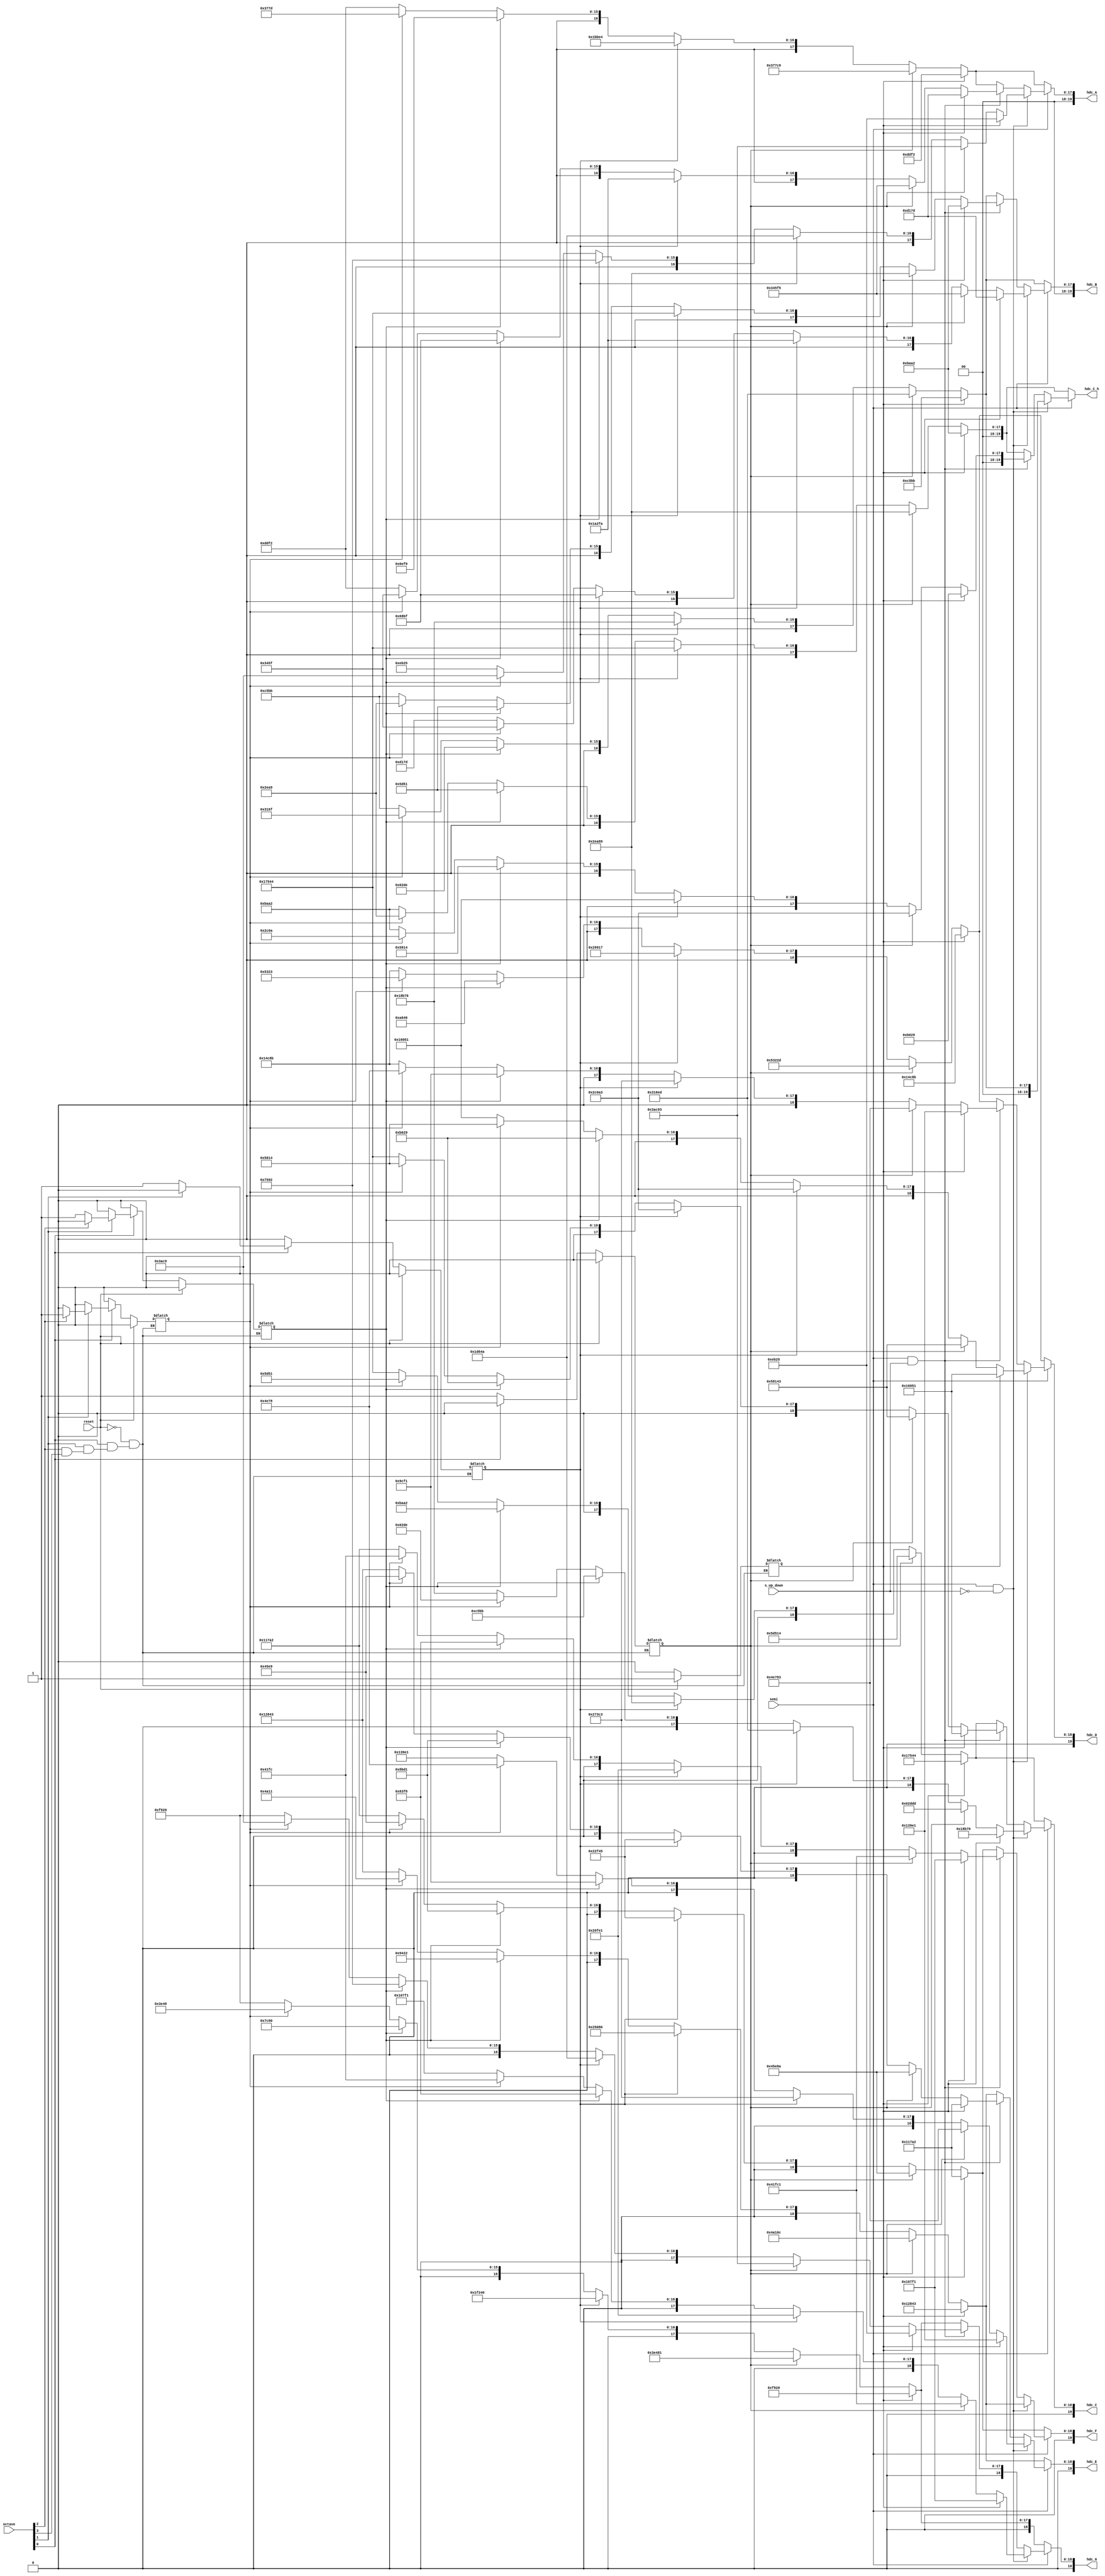
/**
 *	os_mod_v4_sensor
 *	
 *	by Graham Sider
 *	& Michael Hong
 *	
 *	UofT 2T0
 *	ECE241 2017
 */



/**
 *	Octave/semitone modulation module
 */



module os_mod(
	reset,		// SW[9]
	octave,		// KEY[3:0]
	semi,		// SW[8] -- On = go up or down a semitone
	s_up_down,	// SW[7] -- High = up a semitone, low = down a semitone
	
	// Half duty cycles of each note
	hdc_C,
	hdc_D,
	hdc_E,
	hdc_F,
	hdc_G,
	hdc_A,
	hdc_B,
	hdc_C_h // High C
);
	
	input reset;		// SW[9]
	input [3:0] octave;	// KEY[3:0]
	input semi;			// SW[8] -- On = go up or down a semitone
	input s_up_down;	// SW[7] -- High = up a semitone, low = down a semitone
	
	// Half duty cycle definitions
	output reg [19:0] hdc_C;
	output reg [19:0] hdc_D;
	output reg [19:0] hdc_E;
	output reg [19:0] hdc_F;
	output reg [19:0] hdc_G;
	output reg [19:0] hdc_A;
	output reg [19:0] hdc_B;
	output reg [19:0] hdc_C_h; // High C
	
	// Determine octave
	reg set_o2;
	reg set_o3;
	reg set_o4;
	reg set_o5;
	reg set_o6;
	
	// Determine octave
	always@(*)
	begin
		if (reset == 1'b1)			// C4
			begin
				set_o2 <= 1'b0;
				set_o3 <= 1'b0;
				set_o4 <= 1'b1;
				set_o5 <= 1'b0;
				set_o6 <= 1'b0;
			end
		else if (octave[0] == 1'b0)	// C2
			begin
				set_o2 <= 1'b1;
				set_o3 <= 1'b0;
				set_o4 <= 1'b0;
				set_o5 <= 1'b0;
				set_o6 <= 1'b0;
			end
		else if (octave[1] == 1'b0)	// C3
			begin
				set_o2 <= 1'b0;
				set_o3 <= 1'b1;
				set_o4 <= 1'b0;
				set_o5 <= 1'b0;
				set_o6 <= 1'b0;
			end
		else if (octave[2] == 1'b0)	// C5
			begin
				set_o2 <= 1'b0;
				set_o3 <= 1'b0;
				set_o4 <= 1'b0;
				set_o5 <= 1'b1;
				set_o6 <= 1'b0;
			end
		else if (octave[3] == 1'b0)	// C6
			begin
				set_o2 <= 1'b0;
				set_o3 <= 1'b0;
				set_o4 <= 1'b0;
				set_o5 <= 1'b0;
				set_o6 <= 1'b1;
			end
		else 	// NOTE: INFERS A LATCH
			begin
				set_o2 <= set_o2;
				set_o3 <= set_o3;
				set_o4 <= set_o4;
				set_o5 <= set_o5;
				set_o6 <= set_o6;
			end
	end
		

	// Set half duty cycle of each note depnding on octave/semi on or off
	always@(*)
	begin
	
		// No semitone variation
		if (semi == 1'b0)
			begin
				if (set_o4 == 1'b1) 			// C4
					begin
						hdc_C <= 20'd95556;
						hdc_D <= 20'd85131;
						hdc_E <= 20'd75843;
						hdc_F <= 20'd71586;
						hdc_G <= 20'd63776;
						hdc_A <= 20'd56818;
						hdc_B <= 20'd50619;
						hdc_C_h <= 20'd47778; 	// High C
					end
				else if (set_o2 == 1'b1)		// C2
					begin
						hdc_C <= 20'd382228;
						hdc_D <= 20'd340525;
						hdc_E <= 20'd303372;
						hdc_F <= 20'd286346;
						hdc_G <= 20'd255105;
						hdc_A <= 20'd227273;
						hdc_B <= 20'd202477;
						hdc_C_h <= 20'd191113; 	// High C
					end
				else if (set_o3 == 1'b1)		// C3
					begin
						hdc_C <= 20'd191113;
						hdc_D <= 20'd170263;
						hdc_E <= 20'd151686;
						hdc_F <= 20'd143173;
						hdc_G <= 20'd127552;
						hdc_A <= 20'd113636;
						hdc_B <= 20'd101238;
						hdc_C_h <= 20'd95556; 	// High C
					end
				else if (set_o5 == 1'b1) 		// C5
					begin
						hdc_C <= 20'd47778;
						hdc_D <= 20'd42566;
						hdc_E <= 20'd37922;
						hdc_F <= 20'd35793;
						hdc_G <= 20'd31888;
						hdc_A <= 20'd28409;
						hdc_B <= 20'd25310;
						hdc_C_h <= 20'd23889; 	// High C
					end
				else if (set_o6 == 1'b1)		// C6
					begin
						hdc_C <= 20'd23889;
						hdc_D <= 20'd21283;
						hdc_E <= 20'd18961;
						hdc_F <= 20'd17897;
						hdc_G <= 20'd15944;
						hdc_A <= 20'd14205;
						hdc_B <= 20'd12655;
						hdc_C_h <= 20'd11945; 	// High C
					end
				else							// C4
					begin
						hdc_C <= 20'd95556;
						hdc_D <= 20'd85131;
						hdc_E <= 20'd75843;
						hdc_F <= 20'd71586;
						hdc_G <= 20'd63776;
						hdc_A <= 20'd56818;
						hdc_B <= 20'd50619;
						hdc_C_h <= 20'd47778; 	// High C
					end
			end
			
		// Down one semitone
		else if ((semi == 1'b1) && (s_up_down == 1'b0))
			begin
				if (set_o4 == 1'b1) 			// C4 flat
					begin
						hdc_C <= 20'd101238;	// B3
						hdc_D <= 20'd90193;		// C#4/Db4
						hdc_E <= 20'd80353;		// D#4/Eb4
						hdc_F <= 20'd75843;		// E4
						hdc_G <= 20'd67569;		// F#4/Gb4
						hdc_A <= 20'd60197;		// G#4/Ab4
						hdc_B <= 20'd53629;		// A#4/Bb4
						hdc_C_h <= 20'd50619; 	// B4 -- High C
					end
				else if (set_o2 == 1'b1)		// C2 flat
					begin
						hdc_C <= 20'd404957;
						hdc_D <= 20'd360771;		
						hdc_E <= 20'd321411;
						hdc_F <= 20'd303372;
						hdc_G <= 20'd270273;
						hdc_A <= 20'd240787;
						hdc_B <= 20'd214517;
						hdc_C_h <= 20'd202477; 	// High C
					end
				else if (set_o3 == 1'b1)		// C3 flat
					begin
						hdc_C <= 20'd202477;
						hdc_D <= 20'd180387;
						hdc_E <= 20'd160707;
						hdc_F <= 20'd151686;
						hdc_G <= 20'd135137;
						hdc_A <= 20'd120394;
						hdc_B <= 20'd107258;
						hdc_C_h <= 20'd101238; 	// High C
					end
				else if (set_o5 == 1'b1)		// C5 flat
					begin
						hdc_C <= 20'd50619;
						hdc_D <= 20'd45097;
						hdc_E <= 20'd40177;
						hdc_F <= 20'd37922;
						hdc_G <= 20'd33784;
						hdc_A <= 20'd30098;
						hdc_B <= 20'd26815;
						hdc_C_h <= 20'd25310; 	// High C
					end
				else if (set_o6 == 1'b1)		// C6 flat
					begin
						hdc_C <= 20'd25310;
						hdc_D <= 20'd22548;
						hdc_E <= 20'd20088;
						hdc_F <= 20'd18961;
						hdc_G <= 20'd16892;
						hdc_A <= 20'd15049;
						hdc_B <= 20'd13407;
						hdc_C_h <= 20'd12655; 	// High C
					end
				else							// C4 flat
					begin
						hdc_C <= 20'd101238;	// B3
						hdc_D <= 20'd90193;		// C#4/Db4
						hdc_E <= 20'd80353;		// D#4/Eb4
						hdc_F <= 20'd75843;		// E4
						hdc_G <= 20'd67569;		// F#4/Gb4
						hdc_A <= 20'd60197;		// G#4/Ab4
						hdc_B <= 20'd53629;		// A#4/Bb4
						hdc_C_h <= 20'd50619; 	// B4 -- High C
					end
			end
			
		// Up one semitone
		else if ((semi == 1'b1) && (s_up_down == 1'b1))
			begin
				if (set_o4 == 1'b1) 			// C4 sharp
					begin
						hdc_C <= 20'd90193;		// C#4
						hdc_D <= 20'd80353;		// D#4
						hdc_E <= 20'd71586;		// F4
						hdc_F <= 20'd67569;		// F#4
						hdc_G <= 20'd60197;		// G#4
						hdc_A <= 20'd53629;		// A#4
						hdc_B <= 20'd47778;		// C5
						hdc_C_h <= 20'd45097; 	// C#5 -- High C
					end
				else if (set_o2 == 1'b1)		// C2 sharp
					begin
						hdc_C <= 20'd360771;
						hdc_D <= 20'd321411;
						hdc_E <= 20'd286346;
						hdc_F <= 20'd270273;
						hdc_G <= 20'd240787;
						hdc_A <= 20'd214517;
						hdc_B <= 20'd191113;
						hdc_C_h <= 20'd180387; 	// High C
					end
				else if (set_o3 == 1'b1)		// C3 sharp
					begin
						hdc_C <= 20'd180387;
						hdc_D <= 20'd160707;
						hdc_E <= 20'd143173;
						hdc_F <= 20'd135137;
						hdc_G <= 20'd120394;
						hdc_A <= 20'd107258;
						hdc_B <= 20'd95556;
						hdc_C_h <= 20'd90193; 	// High C
					end
				else if (set_o5 == 1'b1)		// C5 sharp
					begin
						hdc_C <= 20'd45097;
						hdc_D <= 20'd40177;
						hdc_E <= 20'd35793;
						hdc_F <= 20'd33784;
						hdc_G <= 20'd30098;
						hdc_A <= 20'd26815;
						hdc_B <= 20'd23889;
						hdc_C_h <= 20'd22548; 	// High C
					end
				else if (set_o6 == 1'b1)		// C6 sharp
					begin
						hdc_C <= 20'd22548;
						hdc_D <= 20'd20088;
						hdc_E <= 20'd17897;
						hdc_F <= 20'd16892;
						hdc_G <= 20'd15049;
						hdc_A <= 20'd13407;
						hdc_B <= 20'd11945;
						hdc_C_h <= 20'd11274; 	// High C
					end
				else							// C4 sharp
					begin
						hdc_C <= 20'd95556;
						hdc_D <= 20'd85131;
						hdc_E <= 20'd75843;
						hdc_F <= 20'd71586;
						hdc_G <= 20'd63776;
						hdc_A <= 20'd56818;
						hdc_B <= 20'd50619;
						hdc_C_h <= 20'd47778; 	// High C
					end
			end
			
		// To not infer a latch: default = no semitone variation
		else
			begin
				if (set_o4 == 1'b1) 			// C4
					begin
						hdc_C <= 20'd95556;
						hdc_D <= 20'd85131;
						hdc_E <= 20'd75843;
						hdc_F <= 20'd71586;
						hdc_G <= 20'd63776;
						hdc_A <= 20'd56818;
						hdc_B <= 20'd50619;
						hdc_C_h <= 20'd47778; 	// High C
					end
				else if (set_o2 == 1'b1)		// C2
					begin
						hdc_C <= 20'd382228;
						hdc_D <= 20'd340525;
						hdc_E <= 20'd303372;
						hdc_F <= 20'd286346;
						hdc_G <= 20'd255105;
						hdc_A <= 20'd227273;
						hdc_B <= 20'd202477;
						hdc_C_h <= 20'd191113; 	// High C
					end
				else if (set_o3 == 1'b1)		// C3
					begin
						hdc_C <= 20'd191113;
						hdc_D <= 20'd170263;
						hdc_E <= 20'd151686;
						hdc_F <= 20'd143173;
						hdc_G <= 20'd127552;
						hdc_A <= 20'd113636;
						hdc_B <= 20'd101238;
						hdc_C_h <= 20'd95556; 	// High C
					end
				else if (set_o5 == 1'b1)		// C5
					begin
						hdc_C <= 20'd47778;
						hdc_D <= 20'd42566;
						hdc_E <= 20'd37922;
						hdc_F <= 20'd35793;
						hdc_G <= 20'd31888;
						hdc_A <= 20'd28409;
						hdc_B <= 20'd25310;
						hdc_C_h <= 20'd23889; 	// High C
					end
				else if (set_o6 == 1'b1)		// C6
					begin
						hdc_C <= 20'd23889;
						hdc_D <= 20'd21283;
						hdc_E <= 20'd18961;
						hdc_F <= 20'd17897;
						hdc_G <= 20'd15944;
						hdc_A <= 20'd14205;
						hdc_B <= 20'd12655;
						hdc_C_h <= 20'd11945; 	// High C
					end
				else							// C4
					begin
						hdc_C <= 20'd95556;
						hdc_D <= 20'd85131;
						hdc_E <= 20'd75843;
						hdc_F <= 20'd71586;
						hdc_G <= 20'd63776;
						hdc_A <= 20'd56818;
						hdc_B <= 20'd50619;
						hdc_C_h <= 20'd47778; 	// High C
					end
				
			end
		
	end

	
	
endmodule